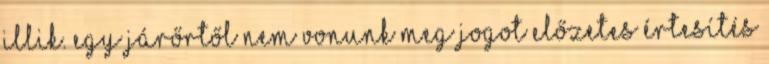
illik. Egy járőrtől nem vonunk meg jogot előzetes értesítés